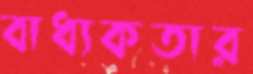
বাধ্যকতার